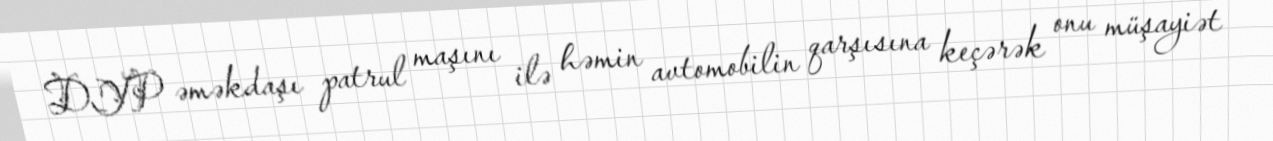
DYP əməkdaşı patrul maşını ilə həmin avtomobilin qarşısına keçərək onu müşayiət